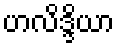
ဟလိဒ္ဒိယာ